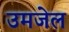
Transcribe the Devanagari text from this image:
उमजेल